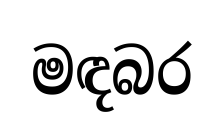
මඳබර